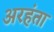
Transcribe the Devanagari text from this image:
अरहंता